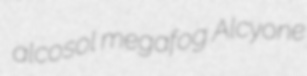
alcosol megafog Alcyone